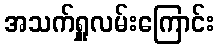
အသက်ရှူလမ်းကြောင်း